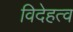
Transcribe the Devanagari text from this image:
विदेहत्व